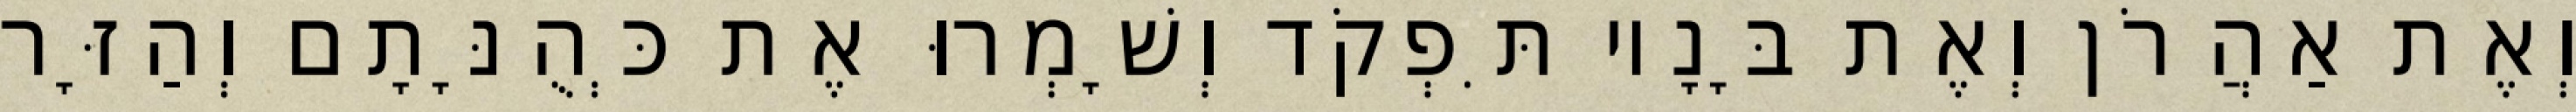
וְאֶת אַהֲרֹן וְאֶת בָּנָיו תִּפְקֹד וְשָׁמְרוּ אֶת כְּהֻנָּתָם וְהַזָּר